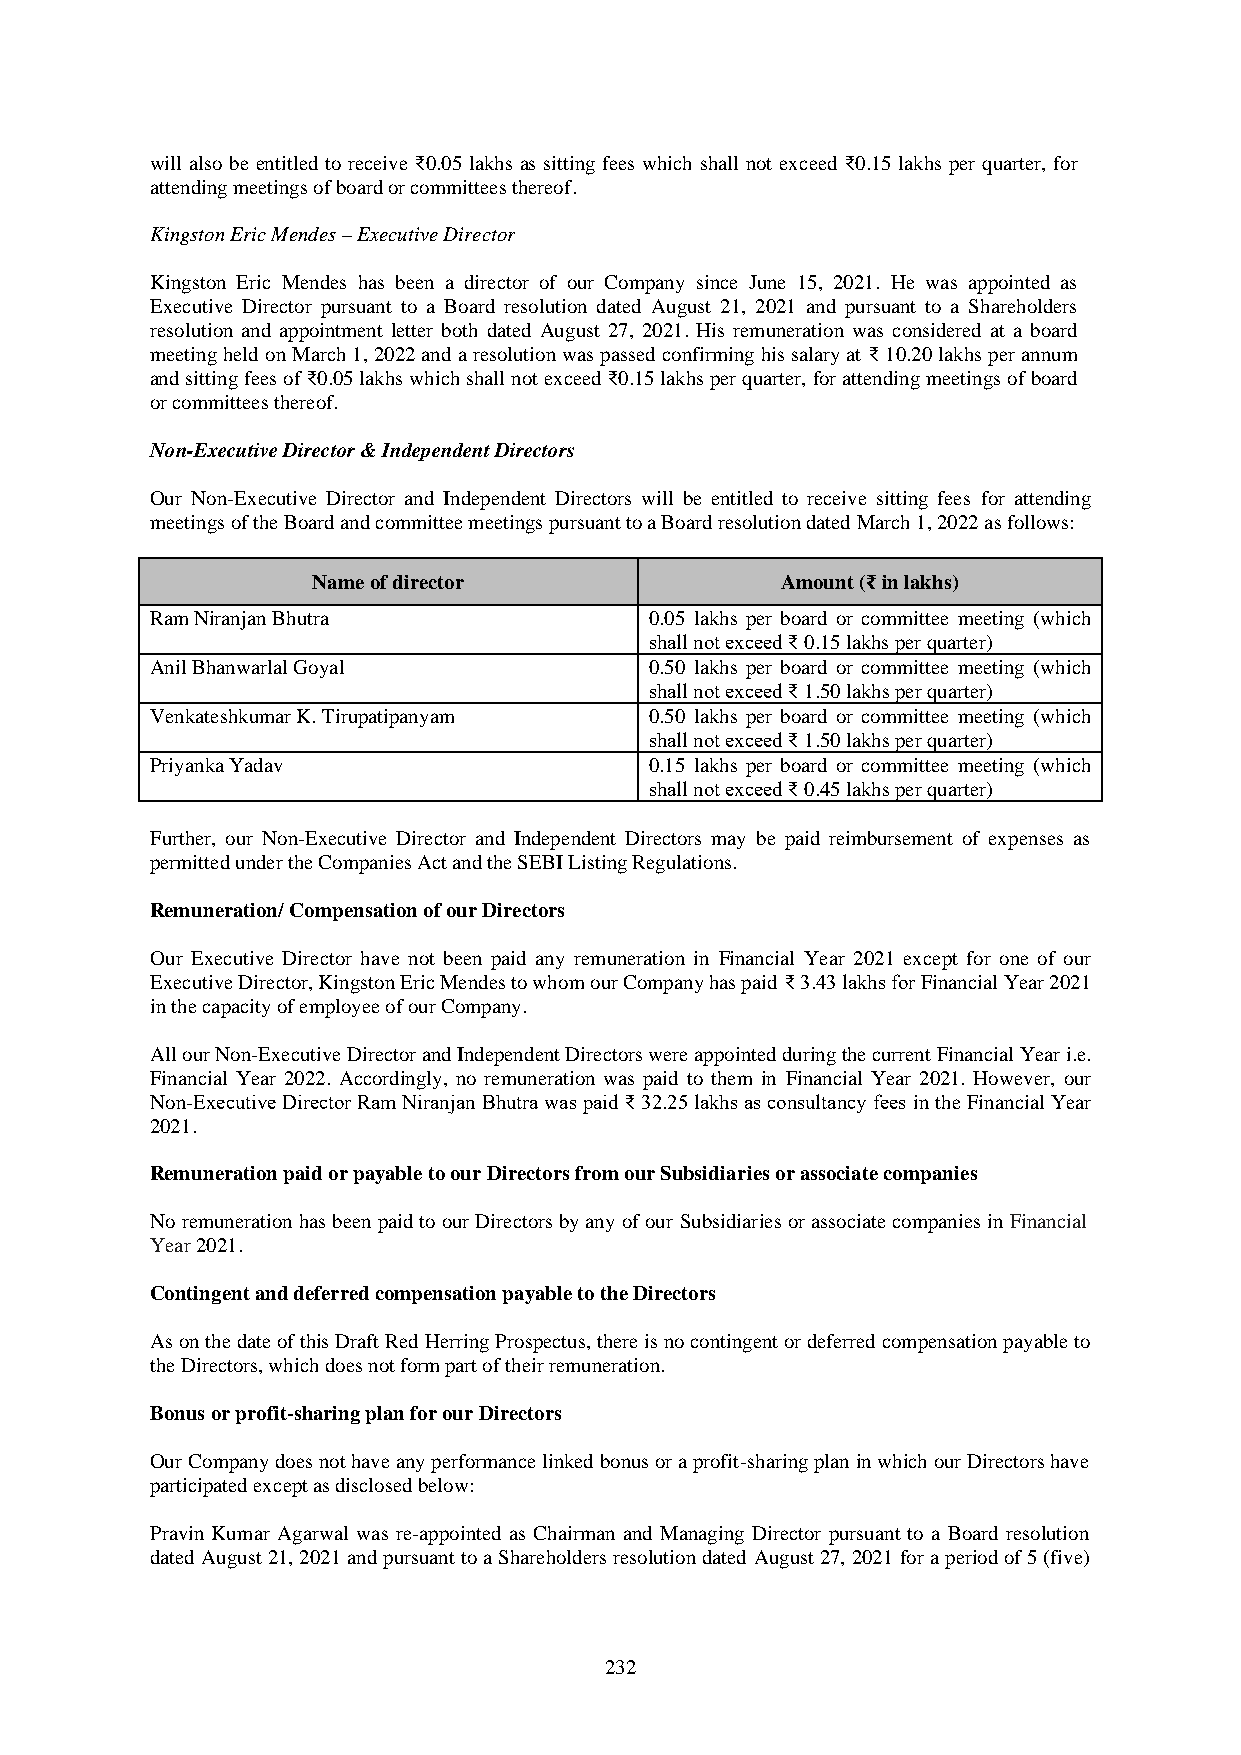
will also be entitled to receive ₹0.05 lakhs as sitting fees which shall not exceed ₹0.15 lakhs per quarter, for
 attending meetings of board or committees thereof.
 Kingston Eric Mendes – Executive Director
 Kingston Eric Mendes has been a director of our Company since June 15, 2021. He was appointed as
 Executive Director pursuant to a Board resolution dated August 21, 2021 and pursuant to a Shareholders
 resolution and appointment letter both dated August 27, 2021. His remuneration was considered at a board
 meeting held on March 1, 2022 and a resolution was passed confirming his salary at ₹ 10.20 lakhs per annum
 and sitting fees of ₹0.05 lakhs which shall not exceed ₹0.15 lakhs per quarter, for attending meetings of board
 or committees thereof.
 Non-Executive Director & Independent Directors
 Our Non-Executive Director and Independent Directors will be entitled to receive sitting fees for attending
 meetings of the Board and committee meetings pursuant to a Board resolution dated March 1, 2022 as follows:
 Name of director               Amount (₹ in lakhs)
 Ram Niranjan Bhutra              0.05 lakhs per board or committee meeting (which
 shall not exceed ₹ 0.15 lakhs per quarter)
 Anil Bhanwarlal Goyal            0.50 lakhs per board or committee meeting (which
 shall not exceed ₹ 1.50 lakhs per quarter)
 Venkateshkumar K. Tirupatipanyam 0.50 lakhs per board or committee meeting (which
 shall not exceed ₹ 1.50 lakhs per quarter)
 Priyanka Yadav                   0.15 lakhs per board or committee meeting (which
 shall not exceed ₹ 0.45 lakhs per quarter)
 Further, our Non-Executive Director and Independent Directors may be paid reimbursement of expenses as
 permitted under the Companies Act and the SEBI Listing Regulations.
 Remuneration/ Compensation of our Directors
 Our Executive Director have not been paid any remuneration in Financial Year 2021 except for one of our
 Executive Director, Kingston Eric Mendes to whom our Company has paid ₹ 3.43 lakhs for Financial Year 2021
 in the capacity of employee of our Company.
 All our Non-Executive Director and Independent Directors were appointed during the current Financial Year i.e.
 Financial Year 2022. Accordingly, no remuneration was paid to them in Financial Year 2021. However, our
 Non-Executive Director Ram Niranjan Bhutra was paid ₹ 32.25 lakhs as consultancy fees in the Financial Year
 2021.
 Remuneration paid or payable to our Directors from our Subsidiaries or associate companies
 No remuneration has been paid to our Directors by any of our Subsidiaries or associate companies in Financial
 Year 2021.
 Contingent and deferred compensation payable to the Directors
 As on the date of this Draft Red Herring Prospectus, there is no contingent or deferred compensation payable to
 the Directors, which does not form part of their remuneration.
 Bonus or profit-sharing plan for our Directors
 Our Company does not have any performance linked bonus or a profit-sharing plan in which our Directors have
 participated except as disclosed below:
 Pravin Kumar Agarwal was re-appointed as Chairman and Managing Director pursuant to a Board resolution
 dated August 21, 2021 and pursuant to a Shareholders resolution dated August 27, 2021 for a period of 5 (five)
 232